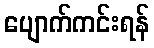
ပျောက်ကင်းရန်